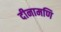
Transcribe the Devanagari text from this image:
दीनामणि